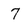
Character: 7